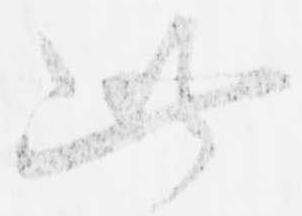
此